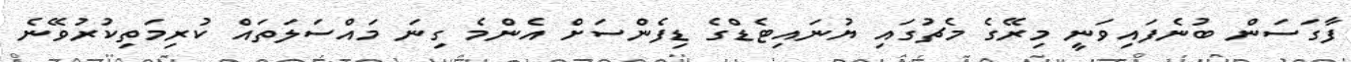
ފާގަސަން ބުނެފައިވަނީ މިރޭގެ މެޗުގައި ޔުނައިޓެޑްގެ ޑިފެންސަށް އެންމެ ގިނަ މައްސަލަތައްް ކުރިމަތިކުރުވޭނެ